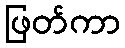
ဖြတ်ကာ